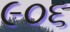
૯૦૬